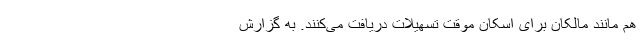
هم مانند مالکان برای اسکان موقت تسهیلات دریافت می‌کنند. به گزارش